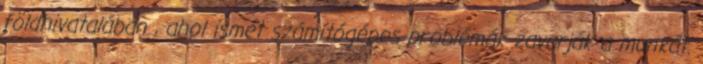
földhivatalában , ahol ismét számítógépes problémák zavarják a munkát.